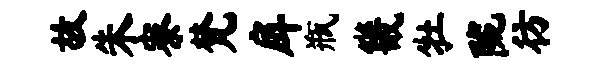
故朱寮梵戽瓶畿牡陇彷